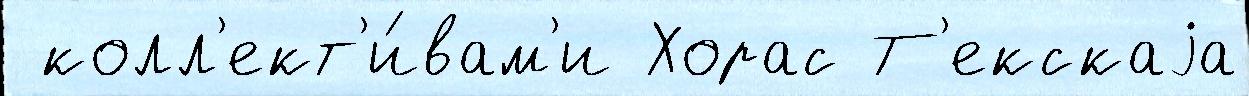
 колл'ект'и́вам'и Хорас Т'екскаjа